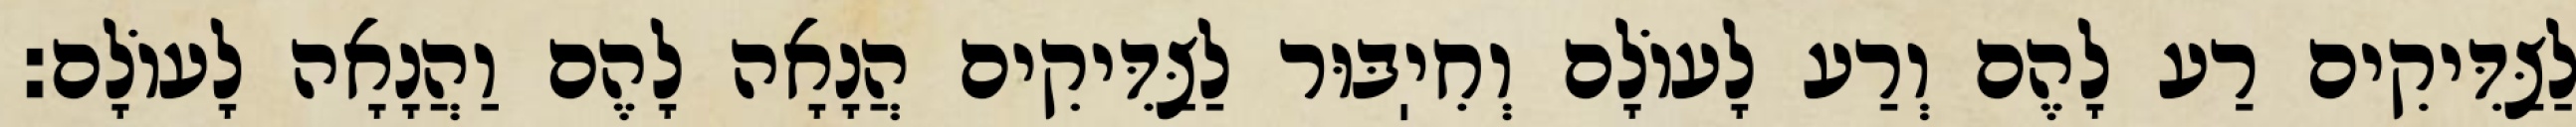
לַצַּדִּיקִים רַע לָהֶם וְרַע לָעוֹלָם וְחִיֽבּוּר לַצַּדִּיקִים הֲנָאָה לָהֶם וַהֲנָאָה לָעוֹלָם: